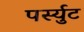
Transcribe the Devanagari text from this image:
पर्स्युट